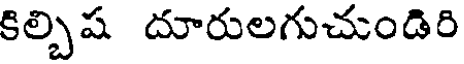
కిల్చిష దూరులగుచుండిరి